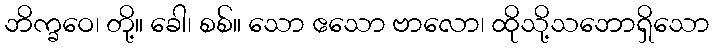
ဘိက္ခဝေ၊ တို့။ ခေါ၊ စစ်။ သော ဧသော ဗာလော၊ ထိုသို့သဘောရှိသော